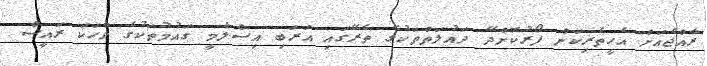
ރާއްޖެއަށް އެހީތެރިކަން ފޯރުކޮށްދޭ ދައުލަތްތަކުގެ ތެރޭގައި އަރަބި އިސްލާމީ ގައުމުތަކުގެ ވާހަކަ ރައީސް